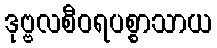
ဒုဗ္ဗလစီဝရပစ္စာသာယ